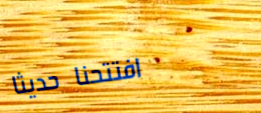
افتتحنا حديثاً